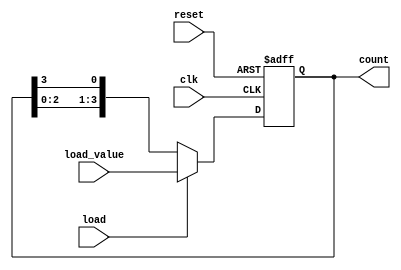
module LoadableRingCounter (
    input wire clk,                // Clock input
    input wire reset,              // Asynchronous reset
    input wire load,               // Load control signal
    input wire [3:0] load_value,   // Value to load into the counter
    output reg [3:0] count         // Current count output
);

    // Initial state for the counter
    initial begin
        count = 4'b0001; // Default initial state for the ring counter
    end

    always @(posedge clk or posedge reset) begin
        if (reset) begin
            // Reset the counter to the initial state
            count <= 4'b0001; // You can change this to any desired reset state
        end else if (load) begin
            // Load the specified value
            count <= load_value;
        end else begin
            // Normal counting operation (ring behavior)
            // Shift the register left and wrap around
            count <= {count[2:0], count[3]}; // Ring shifting
        end
    end

endmodule